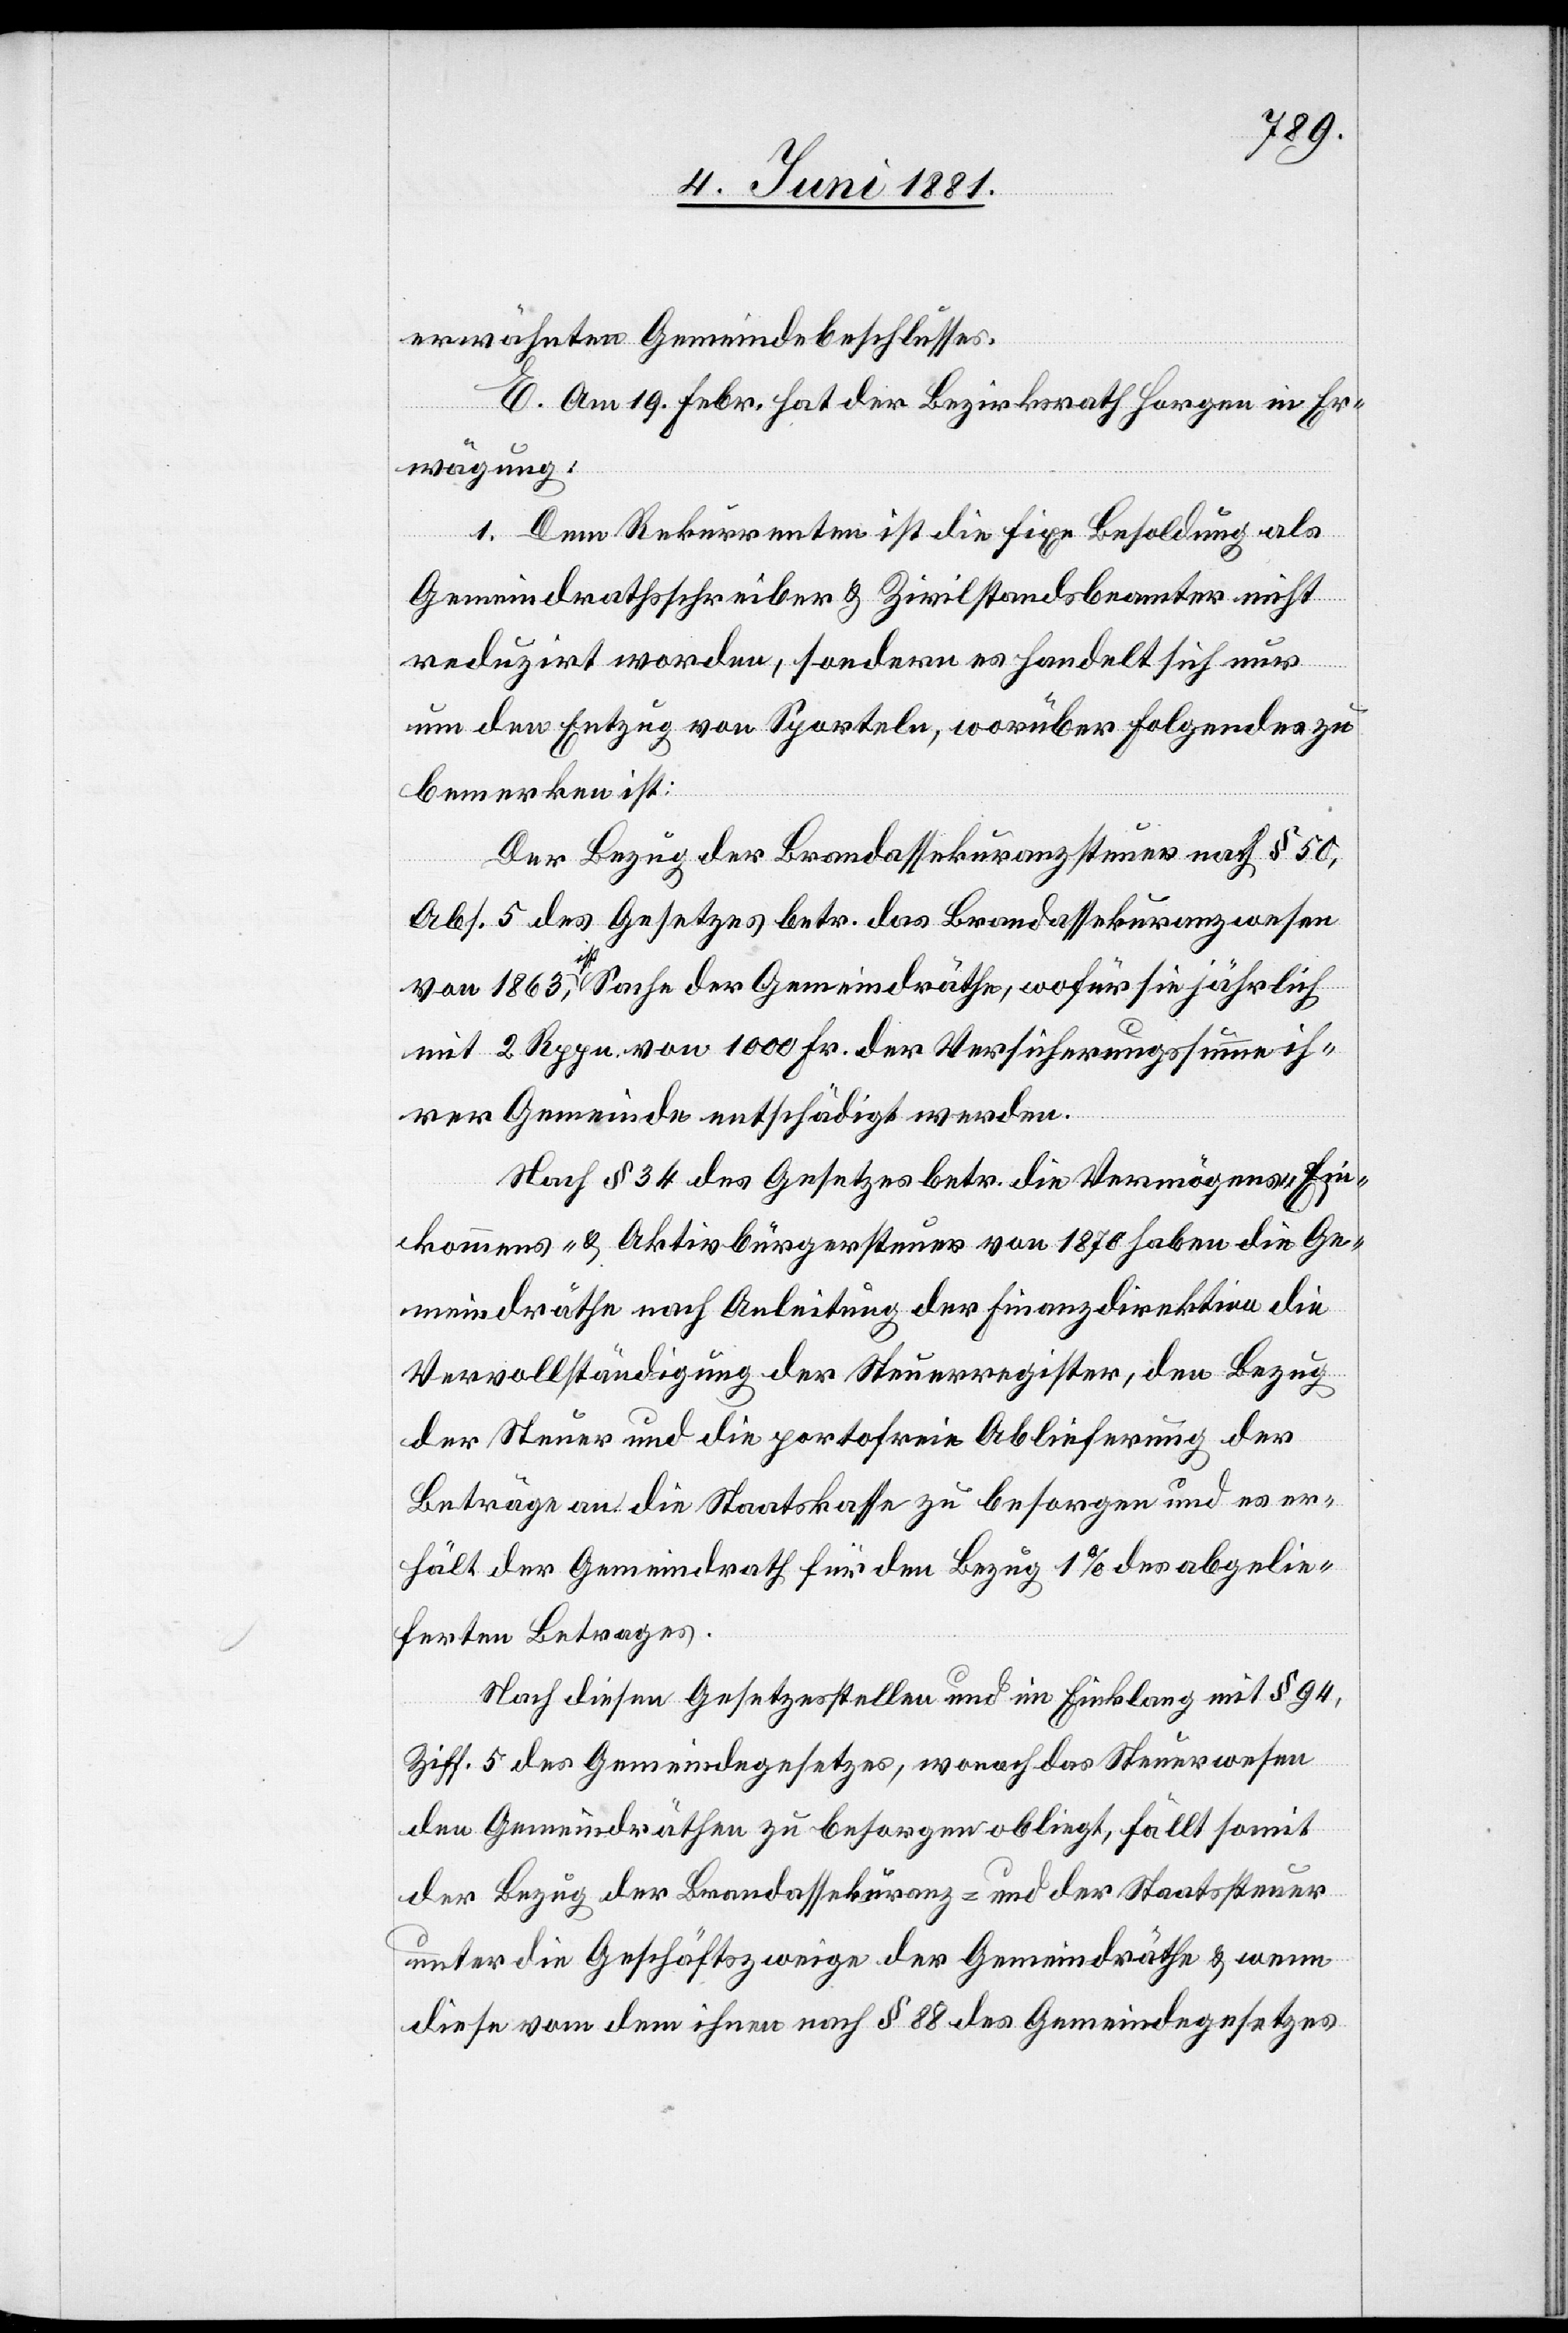
erwähnten Gemeindebeschlusses.
E. Am 19. Febr. hat der Bezirksrath Horgen in Er¬
wägung:
1. Dem Rekurrenten ist die fixe Besoldung als
Gemeindrathsschreiber & Zivilstandsbeamter nicht
reduziert worden, sondern es handelt sich nur
um den Entzug von Sporteln, worüber folgendes zu
bemerken ist:
Der Bezug der Brandassekuranzsteuer nach § 50,
Abs. 5 des Gesetzes betr. das Brandassekuranzwesen
von 1863, ist Sache der Gemeindräthe, wofür sie jährlich
mit 2 Rppn. von 1000 Fr. der Versicherungssumme ih¬
rer Gemeinde entschädigt werden.
Nach § 34 des Gesetzes betr. die Vermögens-[,] Ein¬
kommens- & Aktivbürgersteuer von 1870 haben die Ge¬
meindräthe nach Anleitung der Finanzdirektion die
Vervollständigung der Steuerregister, den Bezug
der Steuer und die portofreien Ablieferung der
Beträge an die Staatskasse zu besorgen und es er¬
hält der Gemeindrath für den Bezug 1% des abgelie¬
ferten Betrages.
Nach diesen Gesetzesstellen und im Einklang mit § 94,
Ziff. 5 des Gemeindegesetzes, wonach das Steuerwesen
den Gemeindräthen zu besorgen obliegt, fällt somit
der Bezug der Brandassekuranz- und der Staatssteuer
unter die Geschäftszweige der Gemeindräthe & wenn
diese vom dem ihrem nach § 88 des Gemeindegesetzes